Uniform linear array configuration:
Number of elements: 8
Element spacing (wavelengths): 0.5
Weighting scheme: uniform
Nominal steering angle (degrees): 15
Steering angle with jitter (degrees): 16.874
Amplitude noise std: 0.05
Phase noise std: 0.05

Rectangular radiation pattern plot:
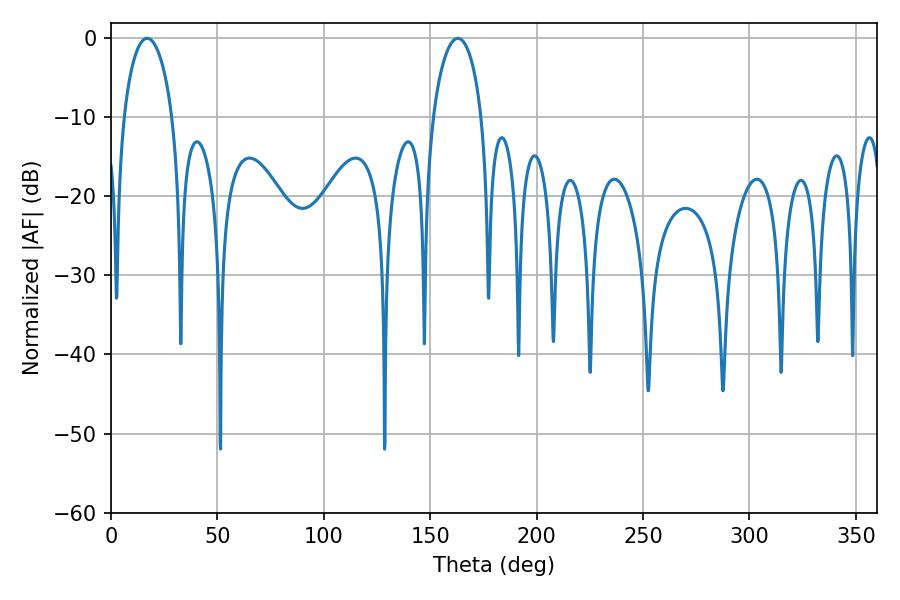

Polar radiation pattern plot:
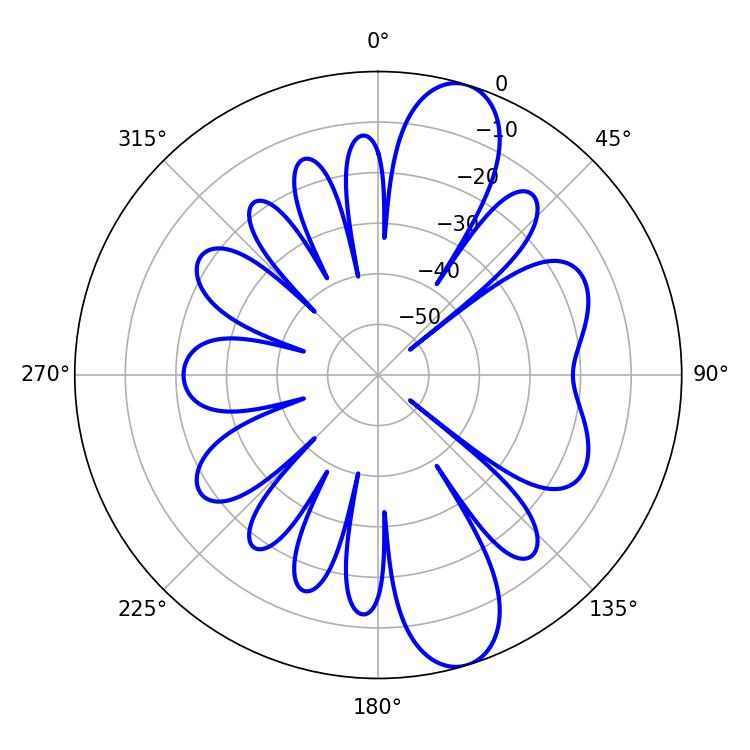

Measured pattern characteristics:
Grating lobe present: FALSE
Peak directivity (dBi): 11.096
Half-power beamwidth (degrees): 13.14
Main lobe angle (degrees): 16.92